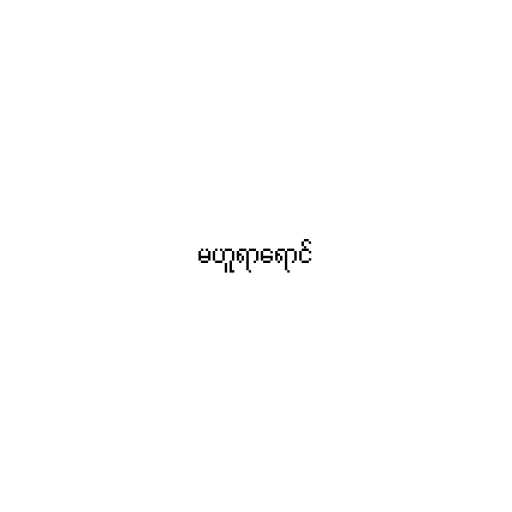
မဟူရာရောင်